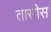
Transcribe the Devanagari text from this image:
तासीस